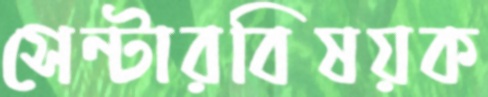
সেন্টারবিষয়ক